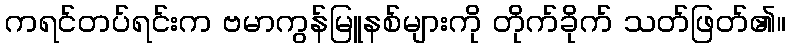
ကရင်တပ်ရင်းက ဗမာကွန်မြူနစ်များကို တိုက်ခိုက် သတ်ဖြတ်၏။